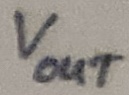
Text: VOUT